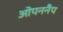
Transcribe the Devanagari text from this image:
ओपननैप